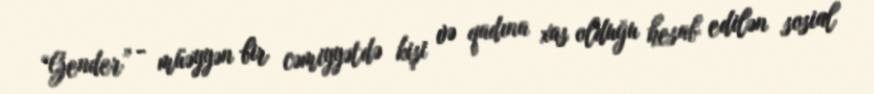
“Gender” - müəyyən bir cəmiyyətdə kişi və qadına xas olduğu hesab edilən sosial